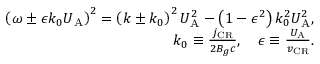
\begin{array} { r } { \left( \omega \pm \epsilon k _ { 0 } U _ { \mathrm { A } } \right) ^ { 2 } = \left( k \pm k _ { 0 } \right) ^ { 2 } U _ { \mathrm { A } } ^ { 2 } - \left( 1 - \epsilon ^ { 2 } \right) k _ { 0 } ^ { 2 } U _ { \mathrm { A } } ^ { 2 } , } \\ { k _ { 0 } \equiv \frac { j _ { \mathrm { C R } } } { 2 B _ { g } c } , \quad \epsilon \equiv \frac { U _ { \mathrm { A } } } { v _ { \mathrm { C R } } } . } \end{array}